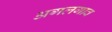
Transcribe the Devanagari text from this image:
अगलगाव